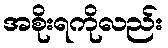
အစိုးရကိုလည်း